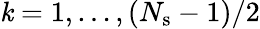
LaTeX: \mathit{k}=1,\ldots,(N_{\mathrm{{s}}}-1)/2